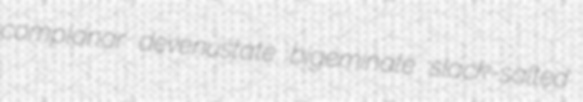
complanar devenustate bigeminate slack-salted